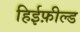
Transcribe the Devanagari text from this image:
हिईफ़ील्ड